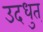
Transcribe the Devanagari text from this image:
उदधुत्